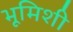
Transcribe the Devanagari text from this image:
भूमिशी